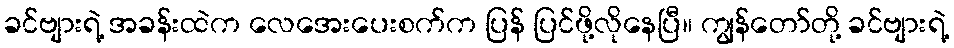
ခင်ဗျားရဲ့ အခန်းထဲက လေအေးပေးစက်က ပြန် ပြင်ဖို့လိုနေပြီ။ ကျွန်တော်တို့ ခင်ဗျားရဲ့